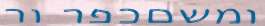
ומשםכפר ור